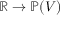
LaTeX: \mathbb { R } \to \mathbb { P } ( V )